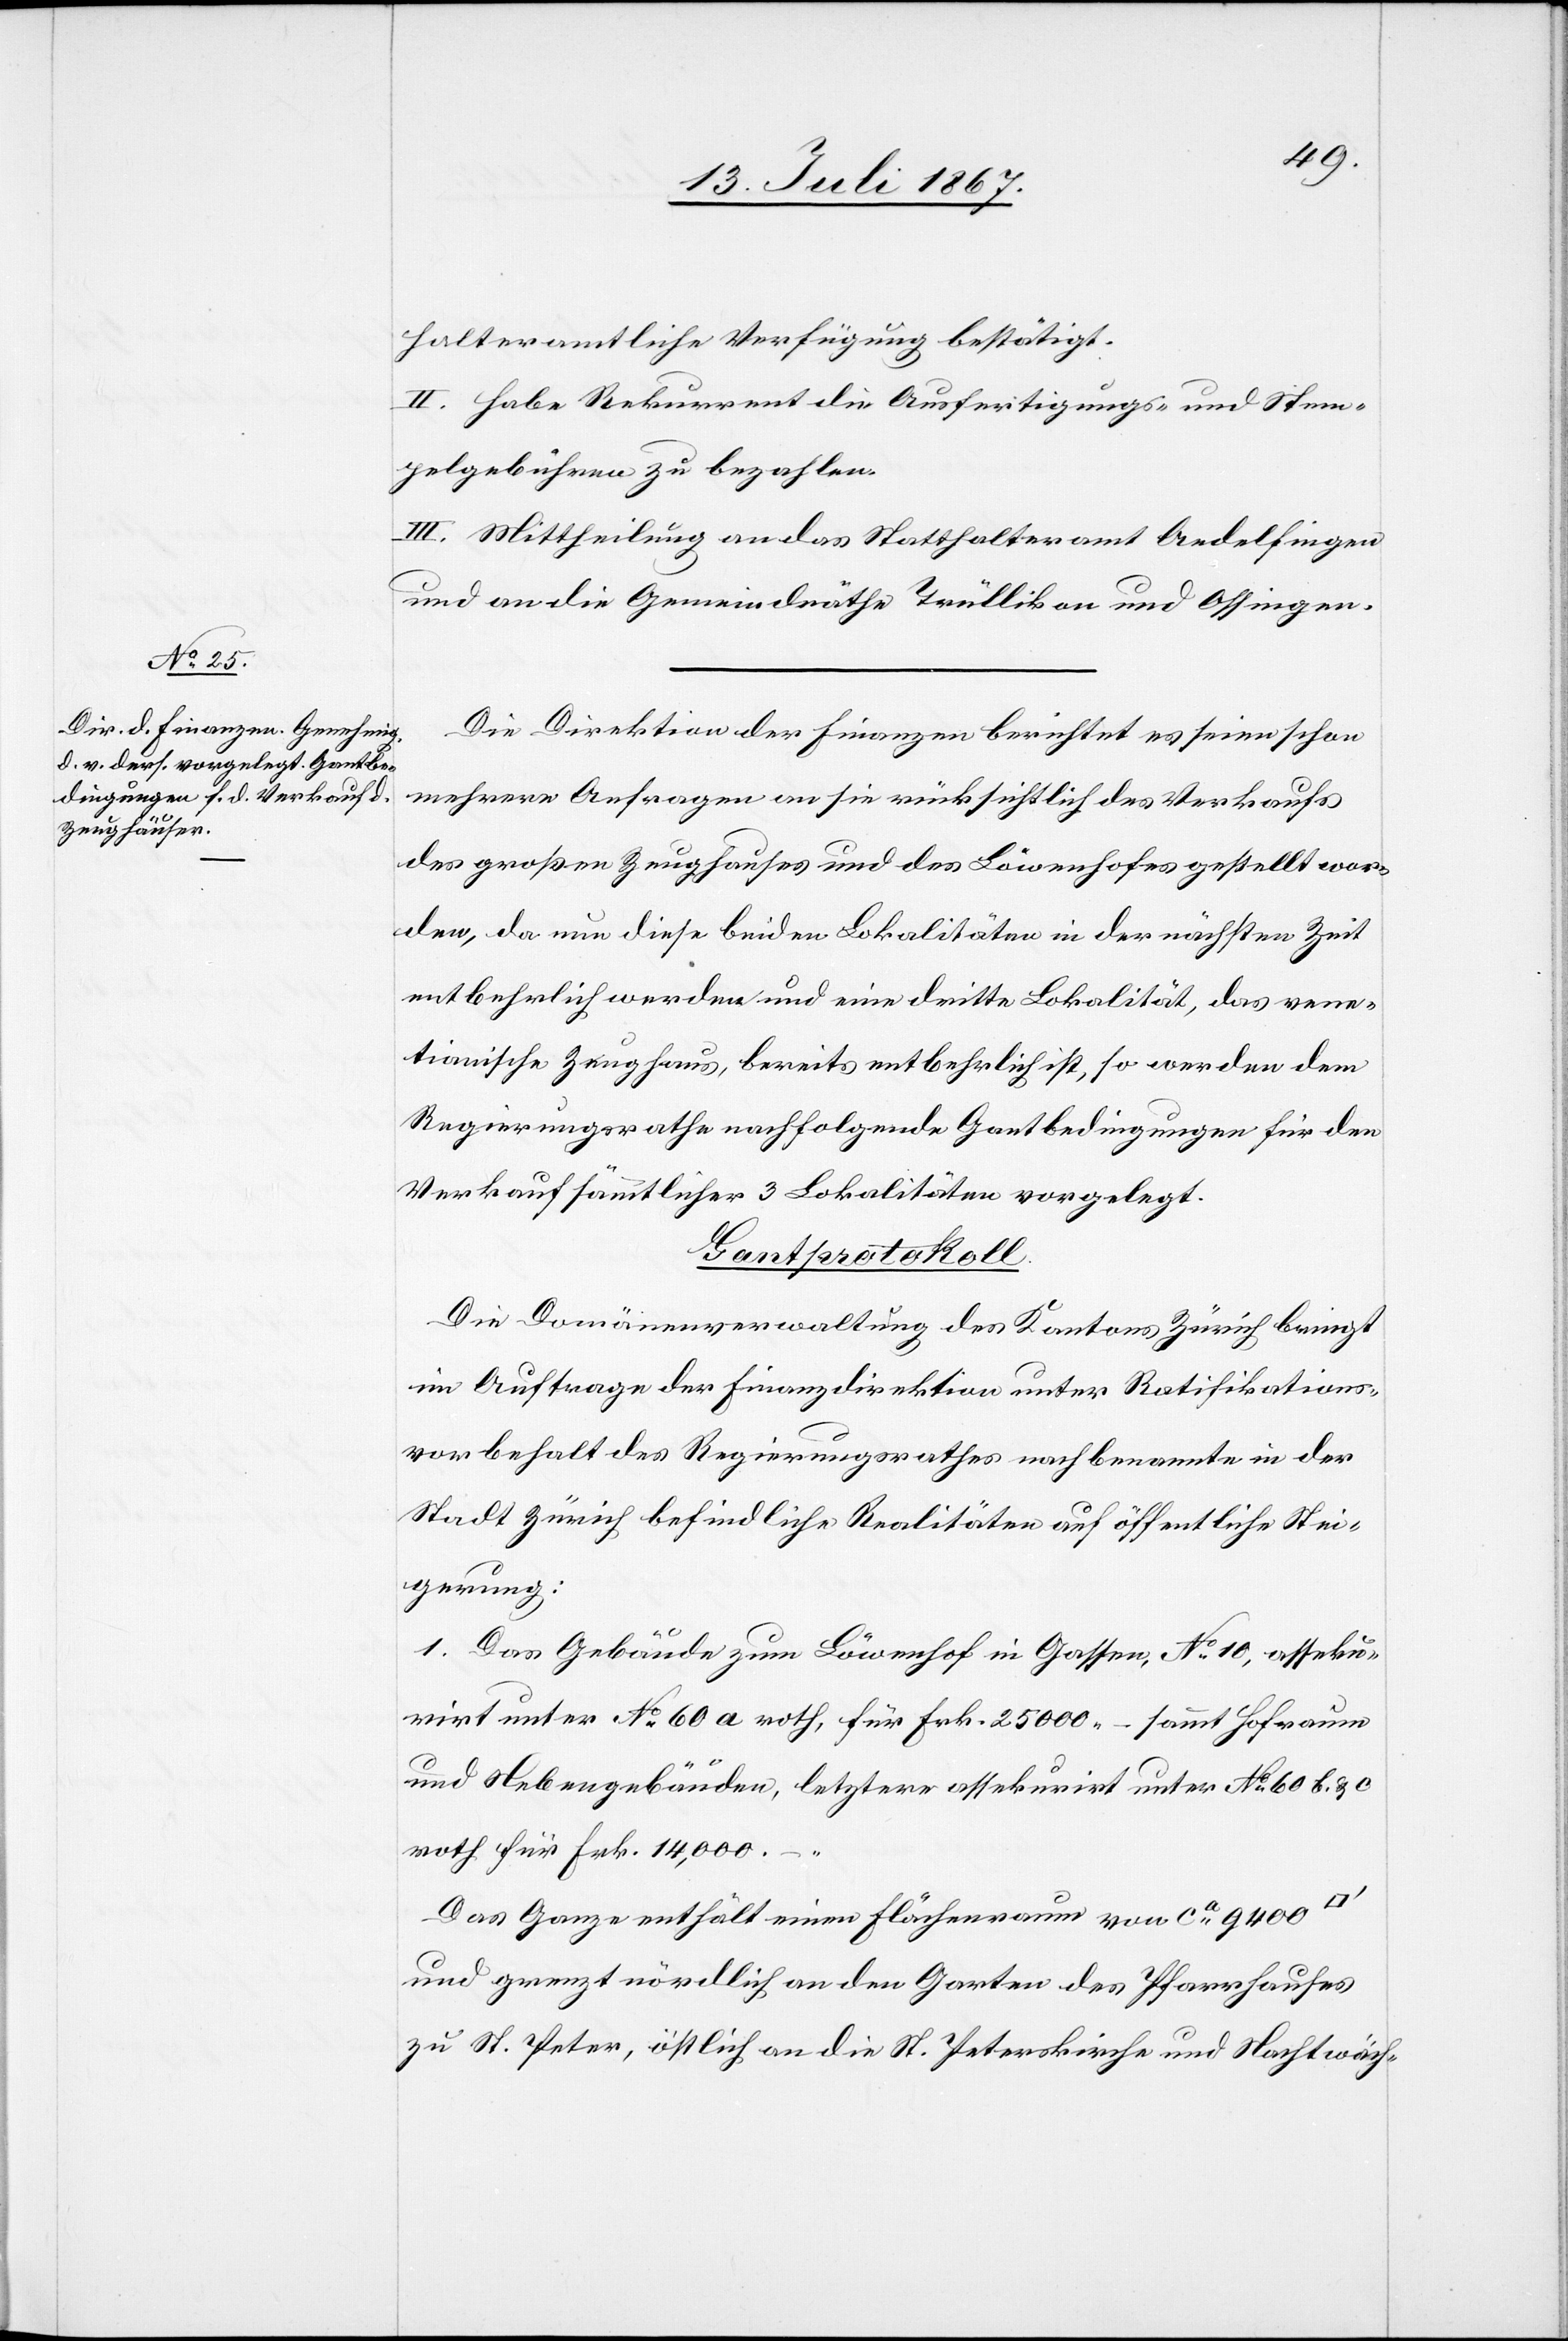
halteramtliche Verfügung bestätigt.
II. Habe Rekurrent die Ausfertigungs- und Stem¬
pelgebühren zu bezahlen.
III. Mittheilung an das Statthalteramt Andelfingen
und an die Gemeindräthe Trüllikon und Ossingen.
Die Direktion der Finanzen berichtet es seien schon
mehrere Anfragen an sie rücksichtlich des Verkaufes
des großen Zeughauses und des Löwenhofes gestellt wor¬
den, da nun diese beiden Lokalitäten in der nächsten Zeit
entbehrlich werden und eine dritte Lokalität, das vene¬
tianische Zeughaus, bereits entbehrlich ist, so werden dem
Regierungsrathe nachfolgende Gantbedingungen für den
Verkauf sämmtlicher 3 Lokalitäten vorgelegt.
Gantprotokoll.
Die Domänenverwaltung des Kantons Zürich bringt
im Auftrage der Finanzdirektion unter Ratifikations¬
vorbehalt des Regierungsrathes nachbenannte in der
Stadt Zürich befindliche Realitäten auf öffentliche Stei¬
gerung:
1. Das Gebäude zum Löwenkopf in Gassen, No. 10, asseku¬
rirt unter No. 60 a roth, für Frk. 25 000.– sammt Hofraum
und Nebengebäuden, letztere assekurirt unter No. 60 b. u. c
roth für Frk. 14 000.–.
Das Ganz enthält einen Flächenraum von ca. 9400
und grenzt nördlich an den Garten des Pfarrhauses
zu St. Peter. östlich an die St. Peterskirche und Nachtwäch-